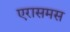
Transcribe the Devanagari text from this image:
एरासमस